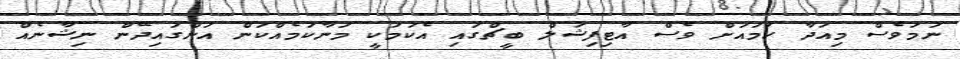
ނަމަވެސް މިއަދާ ހަމައަށް ވެސް އާޓިފިޝަލް ބީޗްގައި އެކަމަކީ މަނާކަމެއްކަން އަންގައިދޭން ނިޝާނެއް